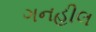
ગનહીલ